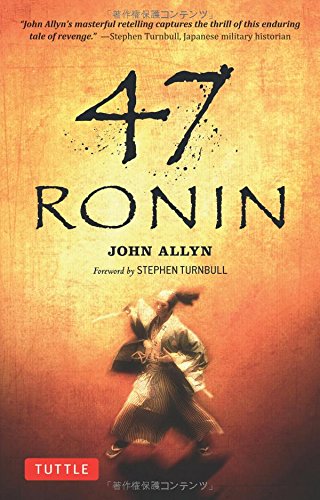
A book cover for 47 Ronin; John Allyn; Literature & Fiction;